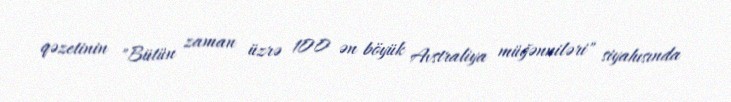
qəzetinin "Bütün zaman üzrə 100 ən böyük Avstraliya müğənniləri" siyahısında